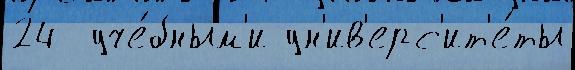
24  уче́бным'и ун'ив'ерс'ит'е́ты